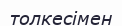
толкесімен